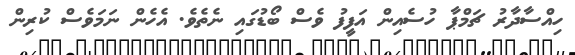
ހިއްސާދާރު ޗަމްޕާ ހުސެއިން އަފީފު ވެސް ބޯޑުގައި ނެތެވެ. އެހެން ނަމަވެސް ކުރިން